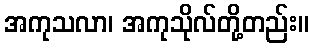
အကုသလာ၊ အကုသိုလ်တို့တည်း။